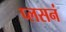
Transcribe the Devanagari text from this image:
प्लसनं